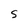
Character: S